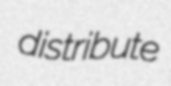
distribute